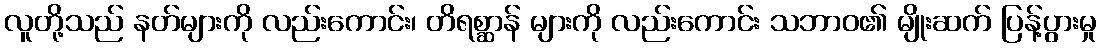
လူတို့သည် နတ်များကို လည်းကောင်း၊ တိရစ္ဆာန် များကို လည်းကောင်း သဘာဝ၏ မျိုးဆက် ပြန့်ပွားမှု